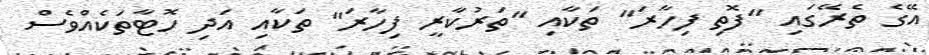
އޭގެ ތެރޭގައި "ފޮތި ފިހާރަ" ތަކާއި "ތަރުކާރީ ފިހާރަ" ތަކާއި އަދި ހޮޓާތަކެއްވެސް